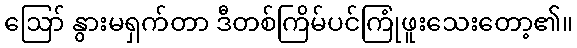
ဪ နွားမရှက်တာ ဒီတစ်ကြိမ်ပင်ကြုံဖူးသေးတော့၏။